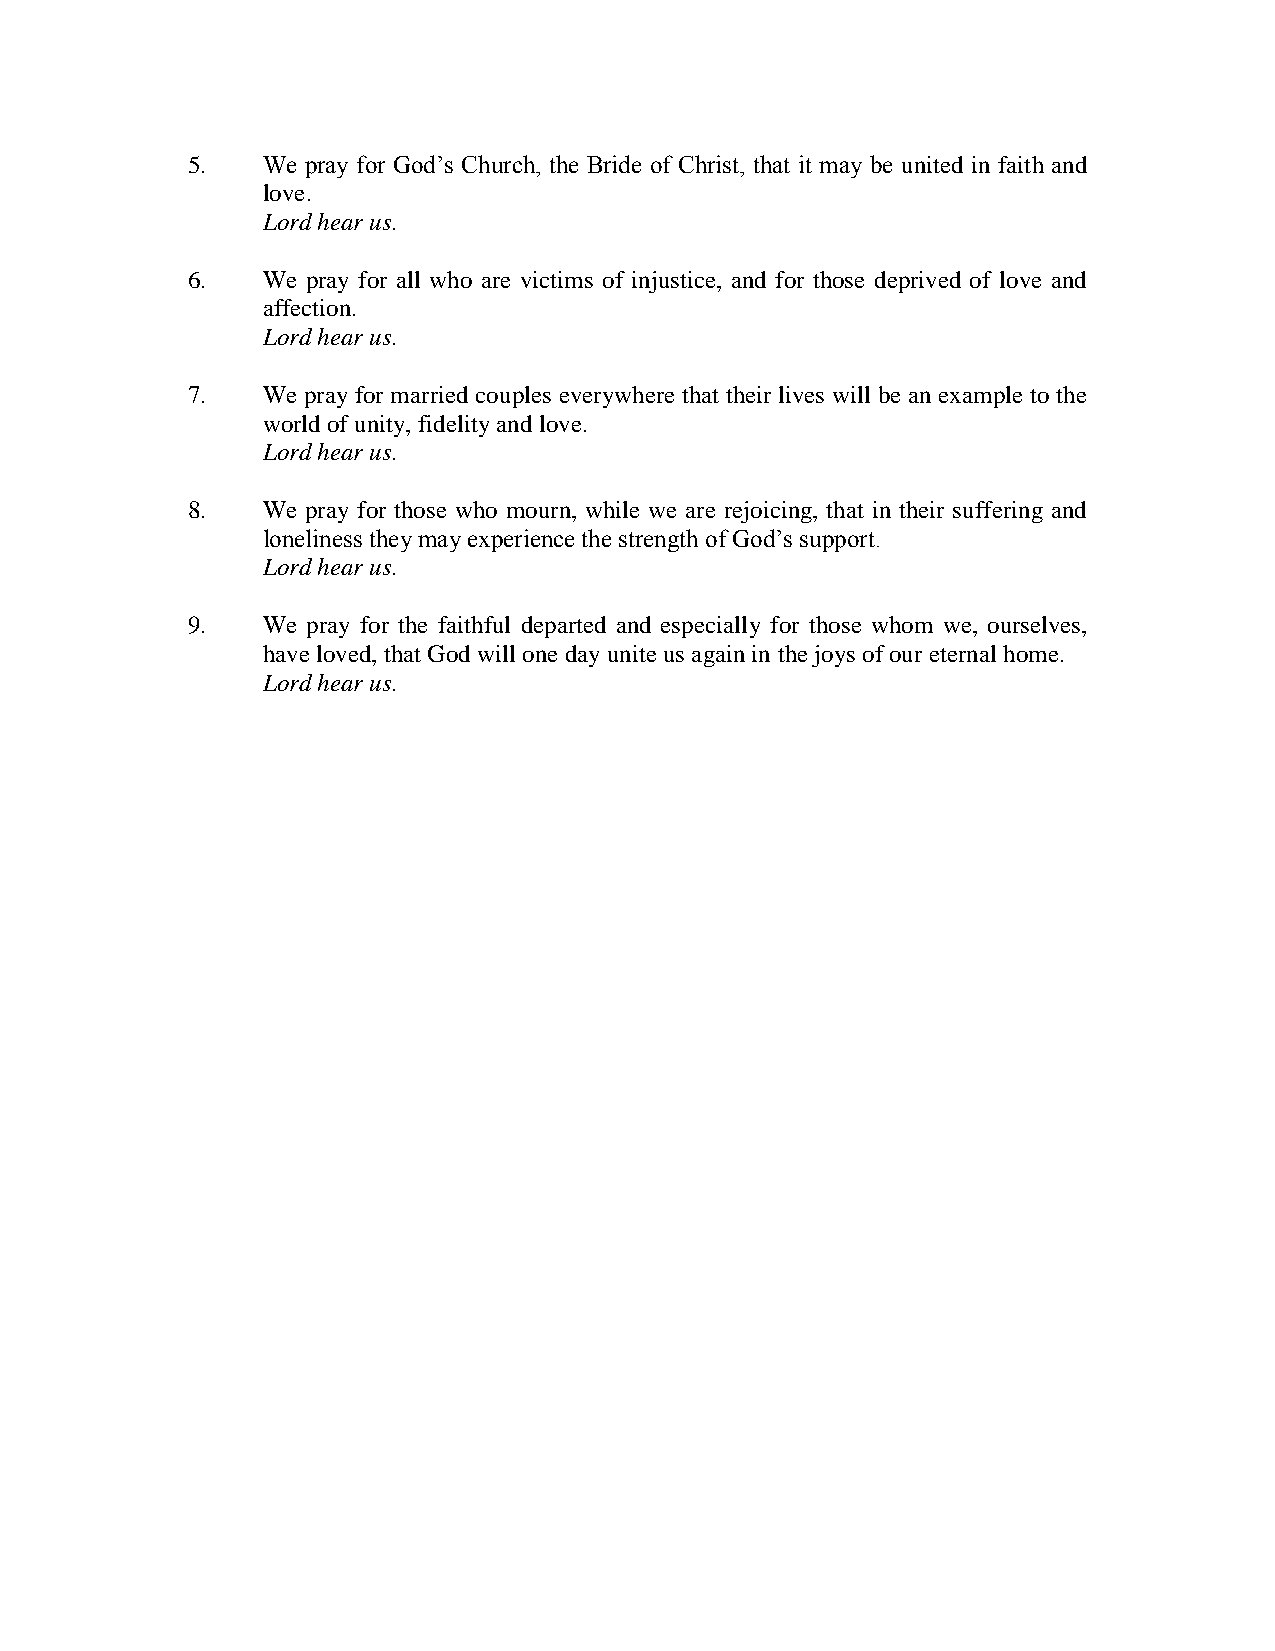
5.   We pray for God’s Church, the Bride of Christ, that it may be united in faith and
 love.
 Lord hear us.
 6.   We pray for all who are victims of injustice, and for those deprived of love and
 affection.
 Lord hear us.
 7.   We pray for married couples everywhere that their lives will be an example to the
 world of unity, fidelity and love.
 Lord hear us.
 8.   We pray for those who mourn, while we are rejoicing, that in their suffering and
 loneliness they may experience the strength of God’s support.
 Lord hear us.
 9.   We pray for the faithful departed and especially for those whom we, ourselves,
 have loved, that God will one day unite us again in the joys of our eternal home.
 Lord hear us.